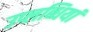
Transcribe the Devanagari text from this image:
उप्लब्धियां